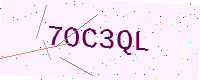
Text: 7OC3QL